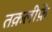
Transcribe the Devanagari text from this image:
तक़लीफ़ें